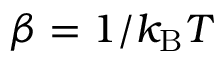
\beta = 1 / k _ { \mathrm { B } } T